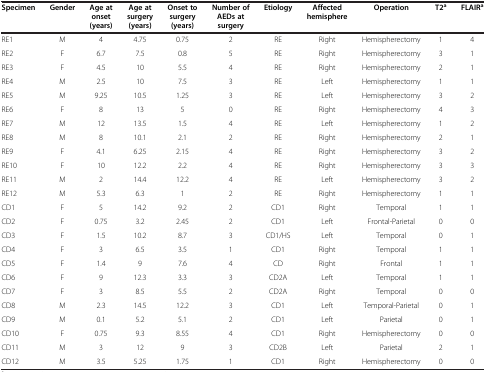
<table><thead><tr><td><b>Specimen</b></td><td><b>Gender</b></td><td><b>Age at onset (years)</b></td><td><b>Age at surgery (years)</b></td><td><b>Onset to surgery (years)</b></td><td><b>Number of AEDs at surgery</b></td><td><b>Etiology</b></td><td><b>Affected hemisphere</b></td><td><b>Operation</b></td><td><b>T2<sup>a</sup></b></td><td><b>FLAIR<sup>a</sup></b></td></tr></thead><tbody><tr><td>RE1</td><td>M</td><td>4</td><td>4.75</td><td>0.75</td><td>2</td><td>RE</td><td>Right</td><td>Hemispherectomy</td><td>1</td><td>4</td></tr><tr><td>RE2</td><td>F</td><td>6.7</td><td>7.5</td><td>0.8</td><td>5</td><td>RE</td><td>Right</td><td>Hemispherectomy</td><td>3</td><td>1</td></tr><tr><td>RE3</td><td>F</td><td>4.5</td><td>10</td><td>5.5</td><td>4</td><td>RE</td><td>Right</td><td>Hemispherectomy</td><td>2</td><td>1</td></tr><tr><td>RE4</td><td>M</td><td>2.5</td><td>10</td><td>7.5</td><td>3</td><td>RE</td><td>Left</td><td>Hemispherectomy</td><td>1</td><td>1</td></tr><tr><td>RE5</td><td>M</td><td>9.25</td><td>10.5</td><td>1.25</td><td>3</td><td>RE</td><td>Left</td><td>Hemispherectomy</td><td>3</td><td>2</td></tr><tr><td>RE6</td><td>F</td><td>8</td><td>13</td><td>5</td><td>0</td><td>RE</td><td>Right</td><td>Hemispherectomy</td><td>4</td><td>3</td></tr><tr><td>RE7</td><td>M</td><td>12</td><td>13.5</td><td>1.5</td><td>4</td><td>RE</td><td>Left</td><td>Hemispherectomy</td><td>1</td><td>2</td></tr><tr><td>RE8</td><td>M</td><td>8</td><td>10.1</td><td>2.1</td><td>2</td><td>RE</td><td>Right</td><td>Hemispherectomy</td><td>2</td><td>1</td></tr><tr><td>RE9</td><td>F</td><td>4.1</td><td>6.25</td><td>2.15</td><td>4</td><td>RE</td><td>Right</td><td>Hemispherectomy</td><td>3</td><td>2</td></tr><tr><td>RE10</td><td>F</td><td>10</td><td>12.2</td><td>2.2</td><td>4</td><td>RE</td><td>Right</td><td>Hemispherectomy</td><td>3</td><td>3</td></tr><tr><td>RE11</td><td>M</td><td>2</td><td>14.4</td><td>12.2</td><td>4</td><td>RE</td><td>Left</td><td>Hemispherectomy</td><td>3</td><td>2</td></tr><tr><td>RE12</td><td>M</td><td>5.3</td><td>6.3</td><td>1</td><td>2</td><td>RE</td><td>Right</td><td>Hemispherectomy</td><td>1</td><td>1</td></tr><tr><td>CD1</td><td>F</td><td>5</td><td>14.2</td><td>9.2</td><td>2</td><td>CD1</td><td>Right</td><td>Temporal</td><td>1</td><td>1</td></tr><tr><td>CD2</td><td>F</td><td>0.75</td><td>3.2</td><td>2.45</td><td>2</td><td>CD1</td><td>Left</td><td>Frontal-Parietal</td><td>0</td><td>0</td></tr><tr><td>CD3</td><td>F</td><td>1.5</td><td>10.2</td><td>8.7</td><td>3</td><td>CD1/HS</td><td>Left</td><td>Temporal</td><td>0</td><td>1</td></tr><tr><td>CD4</td><td>F</td><td>3</td><td>6.5</td><td>3.5</td><td>1</td><td>CD1</td><td>Right</td><td>Temporal</td><td>1</td><td>1</td></tr><tr><td>CD5</td><td>F</td><td>1.4</td><td>9</td><td>7.6</td><td>4</td><td>CD</td><td>Right</td><td>Frontal</td><td>1</td><td>1</td></tr><tr><td>CD6</td><td>F</td><td>9</td><td>12.3</td><td>3.3</td><td>3</td><td>CD2A</td><td>Left</td><td>Temporal</td><td>1</td><td>1</td></tr><tr><td>CD7</td><td>F</td><td>3</td><td>8.5</td><td>5.5</td><td>2</td><td>CD2A</td><td>Right</td><td>Temporal</td><td>0</td><td>0</td></tr><tr><td>CD8</td><td>M</td><td>2.3</td><td>14.5</td><td>12.2</td><td>3</td><td>CD1</td><td>Left</td><td>Temporal-Parietal</td><td>0</td><td>1</td></tr><tr><td>CD9</td><td>M</td><td>0.1</td><td>5.2</td><td>5.1</td><td>2</td><td>CD1</td><td>Left</td><td>Parietal</td><td>0</td><td>1</td></tr><tr><td>CD10</td><td>F</td><td>0.75</td><td>9.3</td><td>8.55</td><td>4</td><td>CD1</td><td>Right</td><td>Hemispherectomy</td><td>0</td><td>0</td></tr><tr><td>CD11</td><td>M</td><td>3</td><td>12</td><td>9</td><td>3</td><td>CD2B</td><td>Left</td><td>Parietal</td><td>2</td><td>1</td></tr><tr><td>CD12</td><td>M</td><td>3.5</td><td>5.25</td><td>1.75</td><td>1</td><td>CD1</td><td>Right</td><td>Hemispherectomy</td><td>0</td><td>0</td></tr></tbody></table>